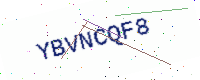
Text: YBVNCQF8